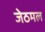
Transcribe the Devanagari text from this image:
जेठमल